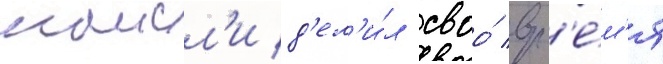
наисл'и д'ел'и́л своо́ вр'е́м'я